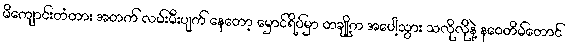
မိကျောင်းတံတား အတက် လမ်းမီးပျက် နေတော့ မှောင်ရိပ်မှာ တချို့က အပေါ့သွား သလိုလိုနဲ့ နဝေတိမ်တောင်